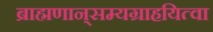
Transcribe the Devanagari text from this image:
ब्राह्मणान्‌सम्यग्राहयित्वा